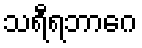
သရီရဘာဂေ